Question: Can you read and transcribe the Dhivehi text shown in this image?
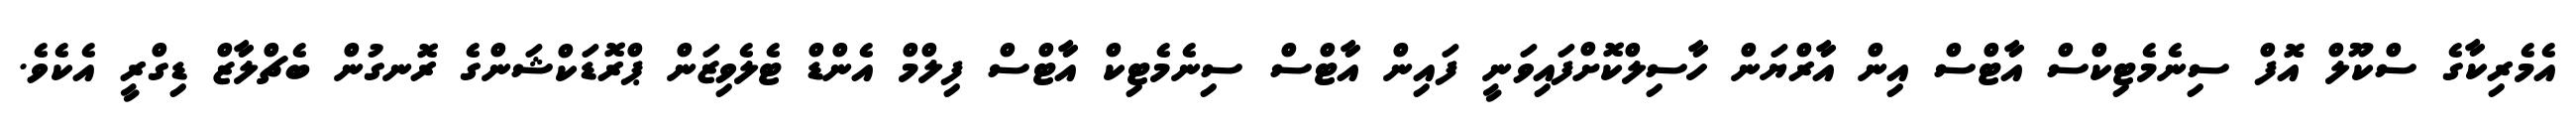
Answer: އެމެރިކާގެ ސްކޫލް އޮފް ސިނެމެޓިކްސް އާޓްސް އިން އާރްޔަން ހާސިލްކޮށްފައިވަނީ ފައިން އާޓްސް ސިނެމެޓިކް އާޓްސް ފިލްމް އެންޑް ޓެލެވިޒަން ޕްރޮޑަކްޝަންގެ ރޮނގުން ބެޗްލާޒް ޑިގްރީ އެކެވެ.